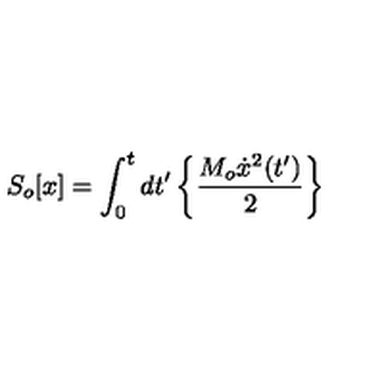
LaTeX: S _ { o } [ x ] = \int _ { 0 } ^ { t } { d t ^ { \prime } } \left\{ \frac { M _ { o } \dot { x } ^ { 2 } ( t ^ { \prime } ) } { 2 } \right\}